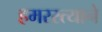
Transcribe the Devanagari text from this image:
हमरस्त्याने